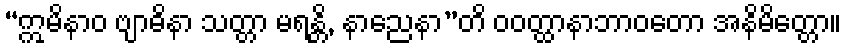
“ဣမိနာဝ ဗျာဓိနာ သတ္တာ မရန္တိ, နာညေနာ”တိ ဝဝတ္ထာနာဘာဝတော အနိမိတ္တော။